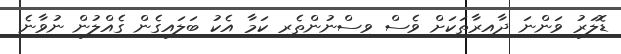
ޑޮލަރު ވަންނަ ދާއިރާތަކަށް ވެސް ވިސްނުންތެރި ކަމާ އެކު ބަލައިގެން ގެއްލުން ނުވާނެ